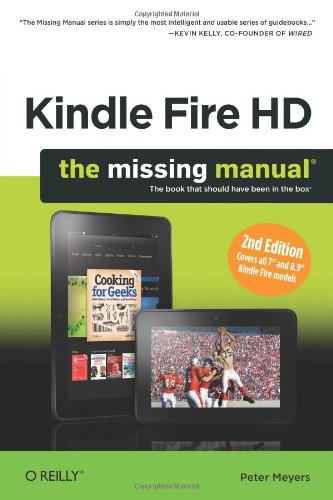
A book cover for Kindle Fire HD: The Missing Manual; Peter Meyers; Computers & Technology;